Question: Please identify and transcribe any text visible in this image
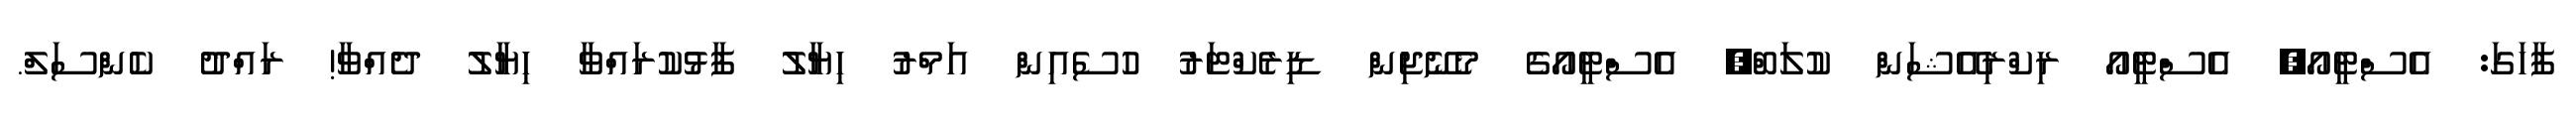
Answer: ފާހަގަ: އެސްޓީއޯ, އެސްޓީއޯ ރިކްރިއޭޝަން ކުލަބް, އެސްޓީއޯގެ މެނޭޖިން ޑިރެކްޓަރު ހުސެއިން އަމްރު ހިޔާލު ފާޅުކުރައްވާ ހިޔާލު ދެއްވާ! ރައްދު ކެންސަލް.